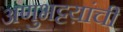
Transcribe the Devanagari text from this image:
अणुभट्टय़ांची